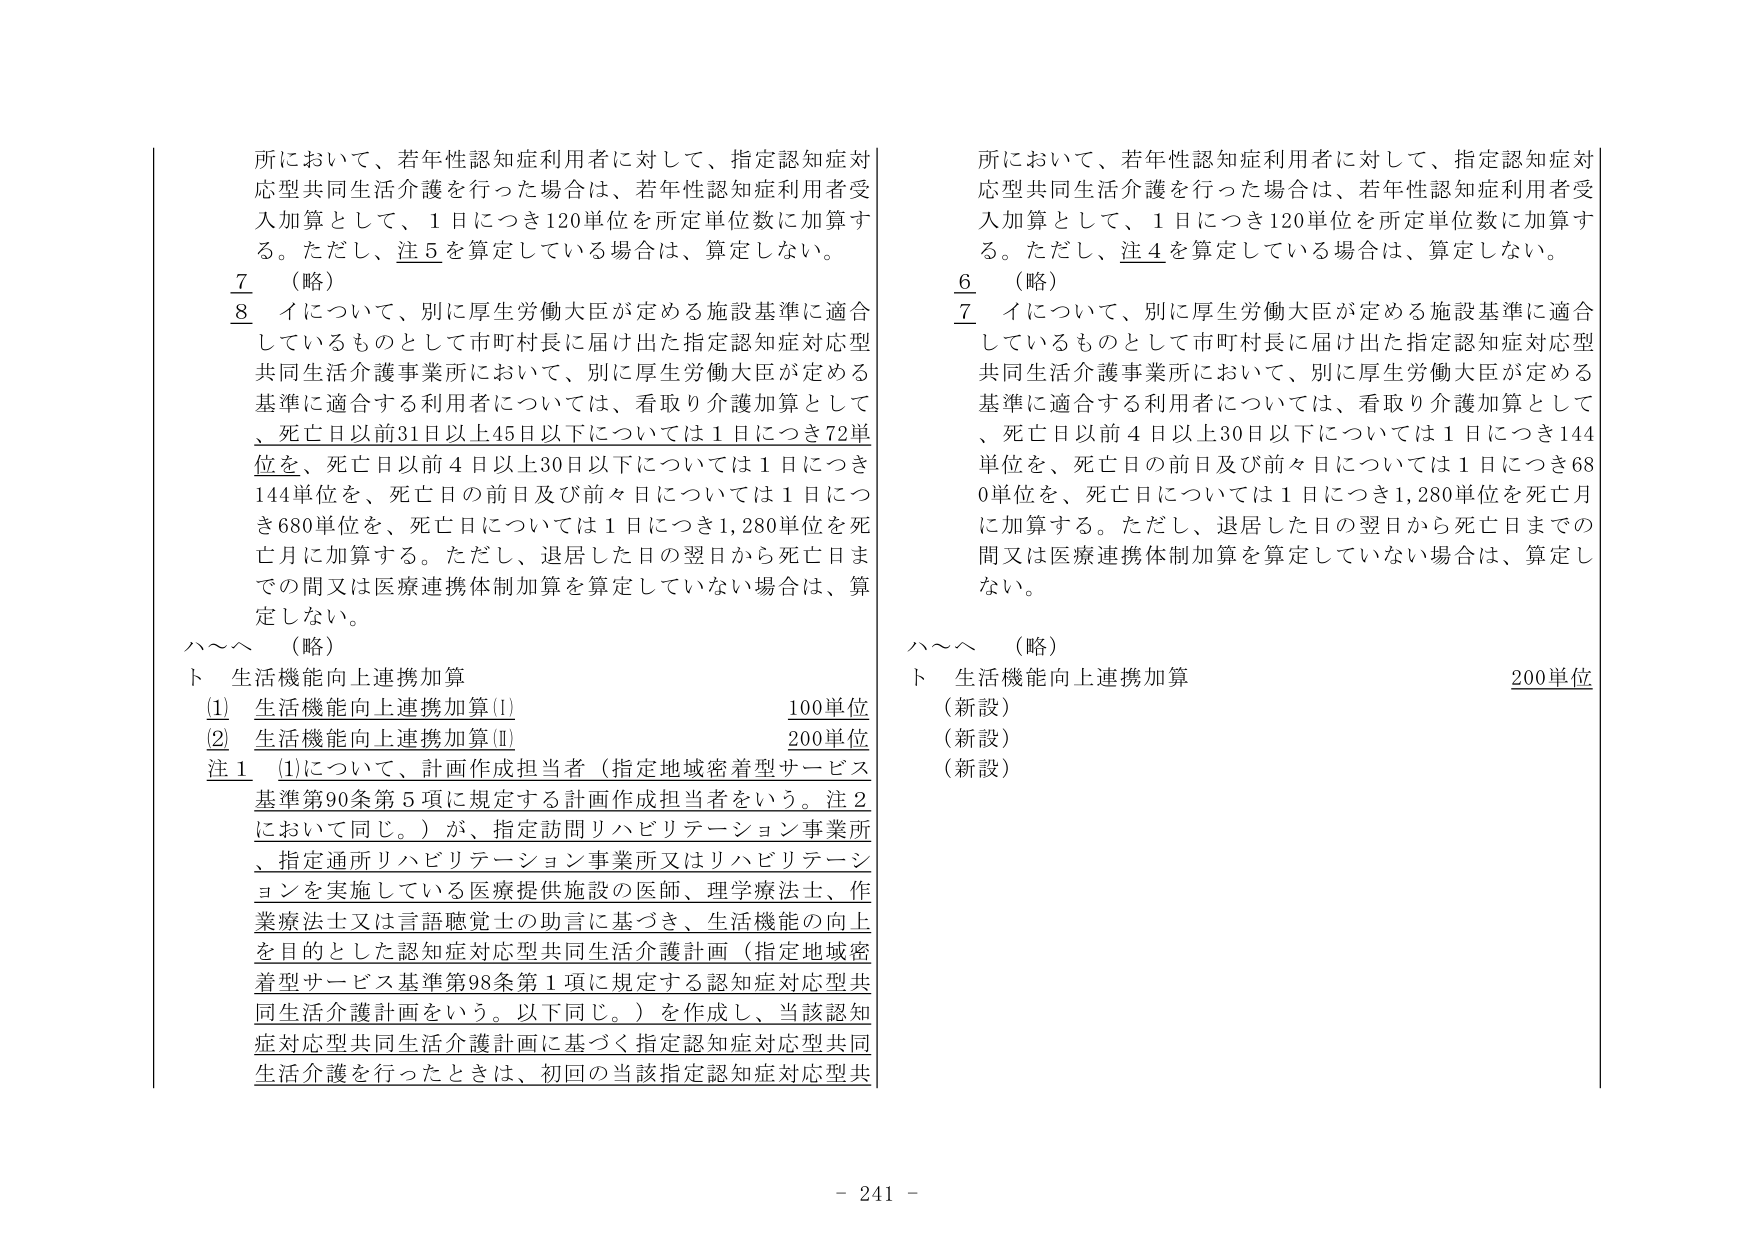
所において、若年性認知症利用者に対して、指定認知症対応型共同生活介護を行った場合は、若年性認知症利用者受入加算として、1日につき120単位を所定単位数に加算する。ただし、注5を算定している場合は、算定しない。

7 （略）
8 イについて、別に厚生労働大臣が定める施設基準に適合しているものとして市町村長に届け出た指定認知症対応型共同生活介護事業所において、別に厚生労働大臣が定める基準に適合する利用者については、看取り介護加算として、死亡日以前31日以上45日以下については1日につき72単位を、死亡日以前4日以上30日以下については1日につき144単位を、死亡日の前日及び前々日については1日につき680単位を、死亡日については1日につき1,280単位を死亡月に加算する。ただし、退居した日の翌日から死亡日までの間又は医療連携体制加算を算定していない場合は、算定しない。

ハ～ヘ （略）
ト 生活機能向上連携加算
① 生活機能向上連携加算① 100単位
② 生活機能向上連携加算② 200単位
注1 ①について、計画作成担当者（指定地域密着型サービス基準第90条第5項に規定する計画作成担当者をいう。注2において同じ。）が、指定訪問リハビリテーション事業所、指定通所リハビリテーション事業所又はリハビリテーションを実施している医療提供施設の医師、理学療法士、作業療法士又は言語聴覚士の助言に基づき、生活機能の向上を目的とした認知症対応型共同生活介護計画（指定地域密着型サービス基準第98条第1項に規定する認知症対応型共同生活介護計画をいう。以下同じ。）を作成し、当該認知症対応型共同生活介護計画に基づく指定認知症対応型共同生活介護を行ったときは、初回の当該指定認知症対応型共

所において、若年性認知症利用者に対して、指定認知症対応型共同生活介護を行った場合は、若年性認知症利用者受入加算として、1日につき120単位を所定単位数に加算する。ただし、注4を算定している場合は、算定しない。

6 （略）
7 イについて、別に厚生労働大臣が定める施設基準に適合しているものとして市町村長に届け出た指定認知症対応型共同生活介護事業所において、別に厚生労働大臣が定める基準に適合する利用者については、看取り介護加算として、死亡日以前4日以上30日以下については1日につき144単位を、死亡日の前日及び前々日については1日につき680単位を、死亡日については1日につき1,280単位を死亡月に加算する。ただし、退居した日の翌日から死亡日までの間又は医療連携体制加算を算定していない場合は、算定しない。

ハ～ヘ （略）
ト 生活機能向上連携加算 200単位
（新設）
（新設）
（新設）

- 241 -